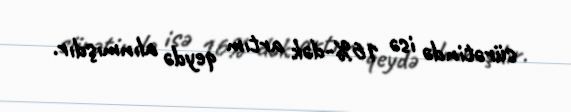
sürətində isə 16%-dək artım qeydə alınmışdır.